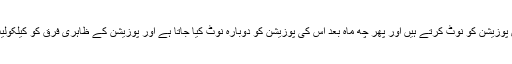
کسی ستارے کا زمین سے فاصلہ معلوم کرنے کے لئے فلکیات دان اس کی مخصوص پوزیشن کو نوٹ کرتے ہیں اور پھر چھ ماہ بعد اس کی پوزیشن کو دوبارہ نوٹ کیا جاتا ہے اور پوزیشن کے ظاہری فرق کو کیلکولیٹ کیا جاتا ہے ایک ستارے کی ظاہری حرکت کو Stellar Parallax کہا جاتا ہے۔